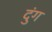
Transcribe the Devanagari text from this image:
दुंग